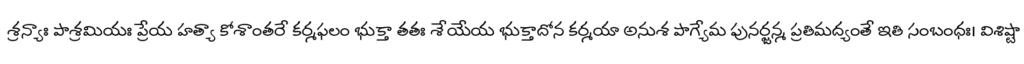
శ్రన్యాః పాశ్రమియః ప్రేయ హత్యా కోశాంతరే కర్మఫలం భుక్తా తతః శేయేయ భుక్తాదోన కర్మయా అనుశ పాగ్యేమ పునర్జన్మ ప్రతిమద్యంతే ఇతి సంబంధః। విశిష్టా